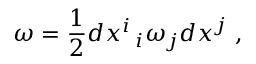
\omega = \displaystyle \frac { 1 } { 2 } d x ^ { i } \, _ { i } \omega _ { j } d x ^ { j } ~ ,